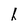
Character: h